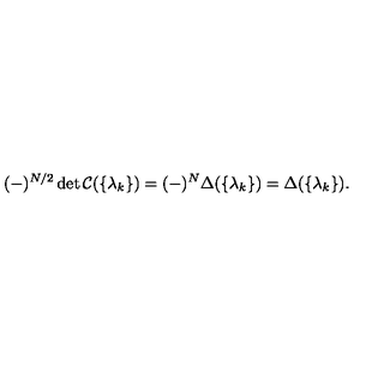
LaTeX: ( - ) ^ { N / 2 } \det \mathcal { C } ( \{ \lambda _ { k } \} ) = ( - ) ^ { N } \Delta ( \{ \lambda _ { k } \} ) = \Delta ( \{ \lambda _ { k } \} ) .